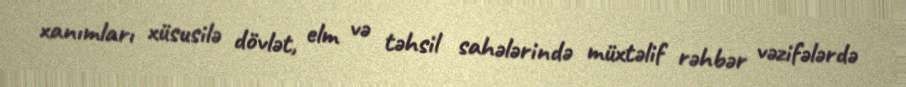
xanımları xüsusilə dövlət, elm və təhsil sahələrində müxtəlif rəhbər vəzifələrdə